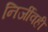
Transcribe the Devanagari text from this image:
निर्जीवही